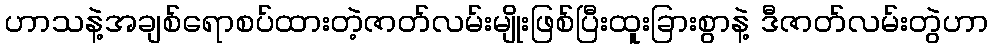
ဟာသနဲ့အချစ်ရောစပ်ထားတဲ့ဇာတ်လမ်းမျိုးဖြစ်ပြီးထူးခြားစွာနဲ့ ဒီဇာတ်လမ်းတွဲဟာ